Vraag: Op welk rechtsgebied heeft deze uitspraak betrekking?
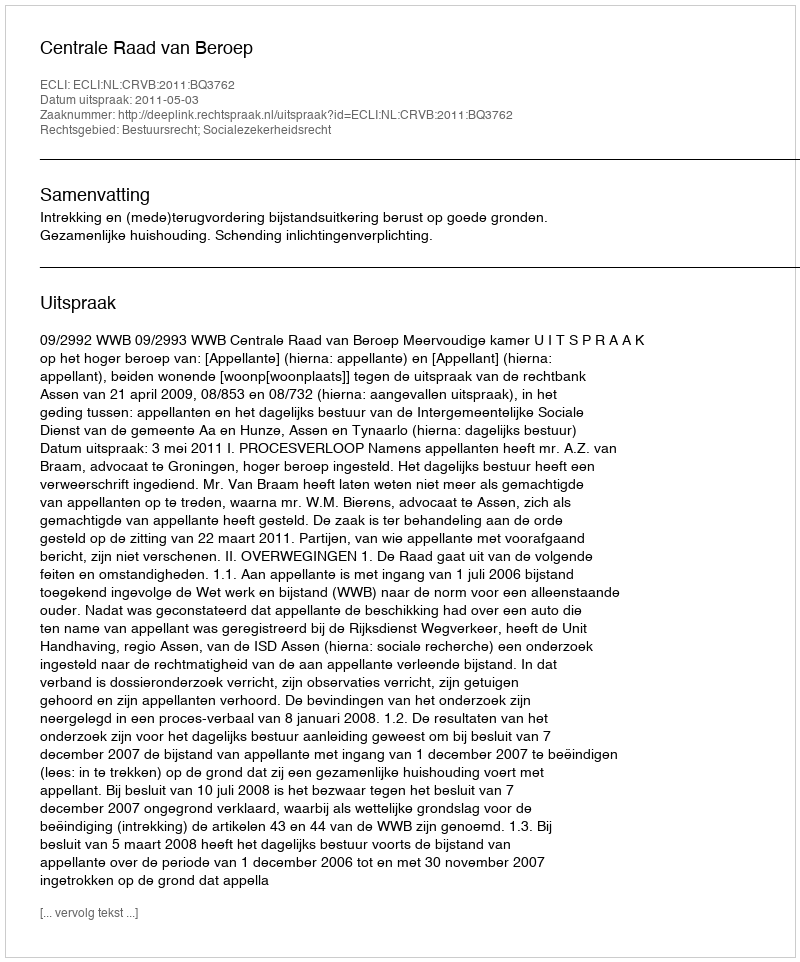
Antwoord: Bestuursrecht; Socialezekerheidsrecht